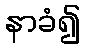
နာခံ၍